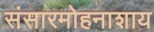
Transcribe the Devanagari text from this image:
संसारमोहनाशाय